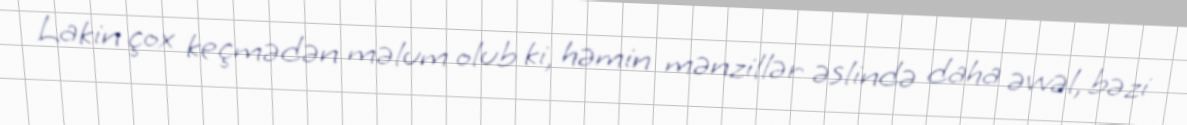
Lakin çox keçmədən məlum olub ki, həmin mənzillər əslində daha əvvəl, bəzi